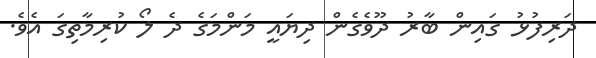
ދަރިފުޅު ގައިން ބާރު ދޫވެގެން ދިޔައީ މަންމަގެ ދެ ލޯ ކުރިމާތިގަ އެވެ.